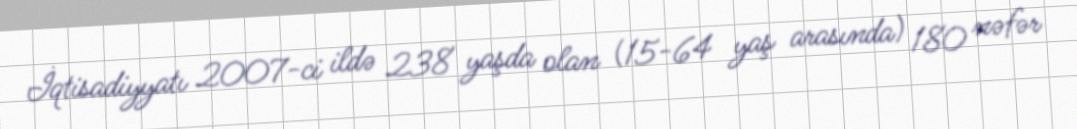
İqtisadiyyatı 2007-ci ildə 238 yaşda olan (15-64 yaş arasında) 180 nəfər